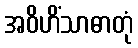
အဝိဟိံသာဓာတုံ